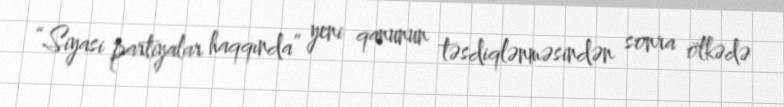
“Siyasi partiyalar haqqında” yeni qanunun təsdiqlənməsindən sonra ölkədə